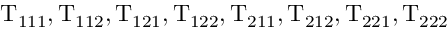
\mathrm { T _ { 1 1 1 } , T _ { 1 1 2 } , T _ { 1 2 1 } , T _ { 1 2 2 } , T _ { 2 1 1 } , T _ { 2 1 2 } , T _ { 2 2 1 } , T _ { 2 2 2 } }